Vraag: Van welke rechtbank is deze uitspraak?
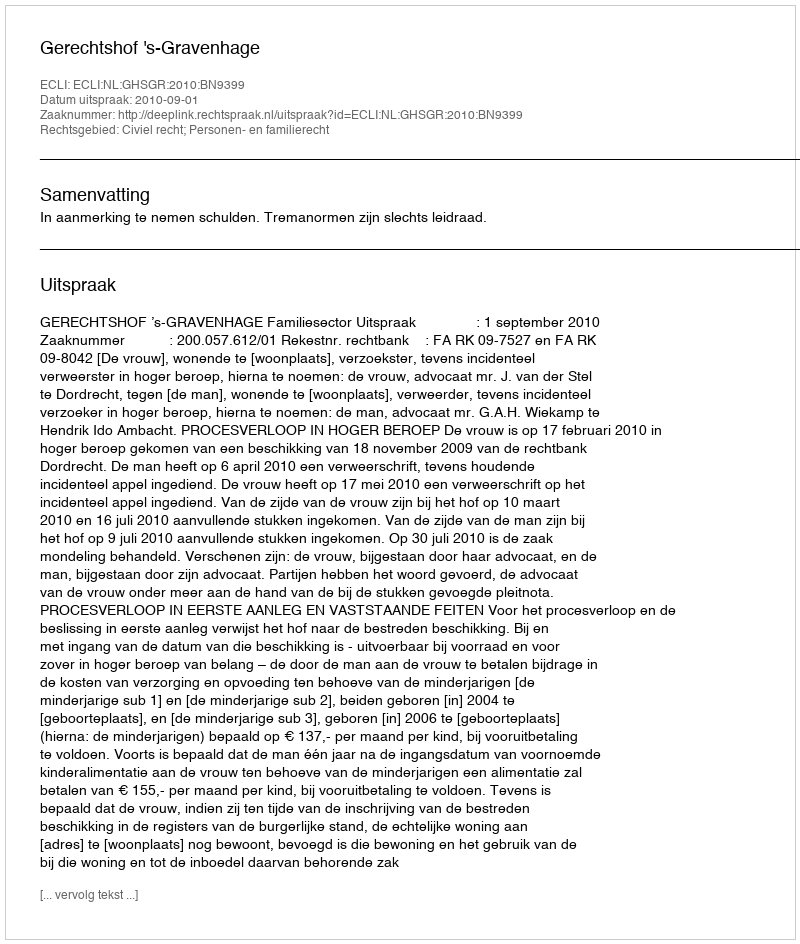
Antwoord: Gerechtshof 's-Gravenhage